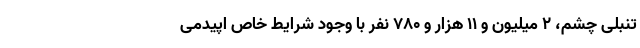
تنبلی چشم، ۲ میلیون و ۱۱ هزار و ۷۸۰ نفر با وجود شرایط خاص اپیدمی